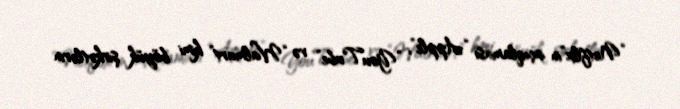
“Netflix”in açıqlaması “Apple”, “YouTube” və “Walmart” kimi böyük şirkətlərin